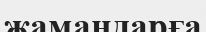
жамандарға